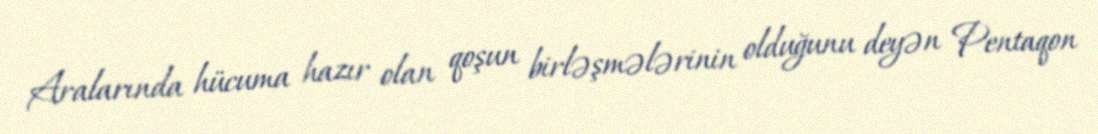
Aralarında hücuma hazır olan qoşun birləşmələrinin olduğunu deyən Pentaqon